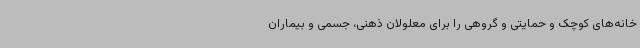
خانه‌های کوچک و حمایتی و گروهی را برای معلولان ذهنی، جسمی و بیماران